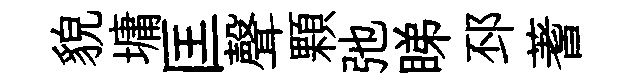
貌墉匡聲顆弛睇邳蓍